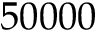
5 0 0 0 0